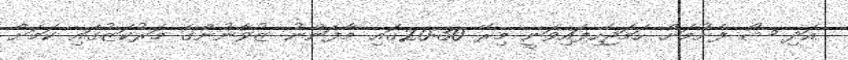
އަދި ޝޯ ފެށުމަށް ހަމަޖެހިފައިވަނީ މިރޭ 20:30ގައި މާފަންނު ޒުވާނުންގެ މަރުކަޒުގައި ކަމަށް